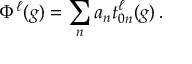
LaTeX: \Phi ^ { \ell } ( g ) = \sum _ { n } a _ { n } t _ { 0 n } ^ { \ell } ( g ) \, .